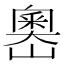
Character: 嶴